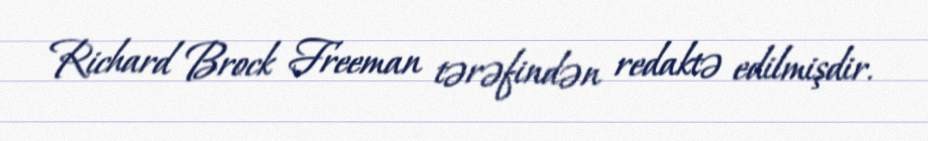
Richard Brock Freeman tərəfindən redaktə edilmişdir.